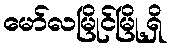
မော်လမြိုင်မြို့ရှိ